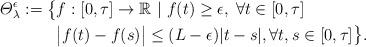
LaTeX: \begin{align*}\varTheta_\lambda^\epsilon:=\bigl\{& f:[0,\tau]\to\mathbb{R}~ |~ f(t)\geq \epsilon,\; \forall t \in[0,\tau]\ \\& \big|f(t)-f(s)\big|\leq(L-\epsilon)|t-s|,\forall t,s\in[0,\tau] \bigr\}.\end{align*}